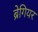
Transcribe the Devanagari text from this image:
ब्रेगियर